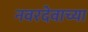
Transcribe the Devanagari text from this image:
नवरदेवाच्या